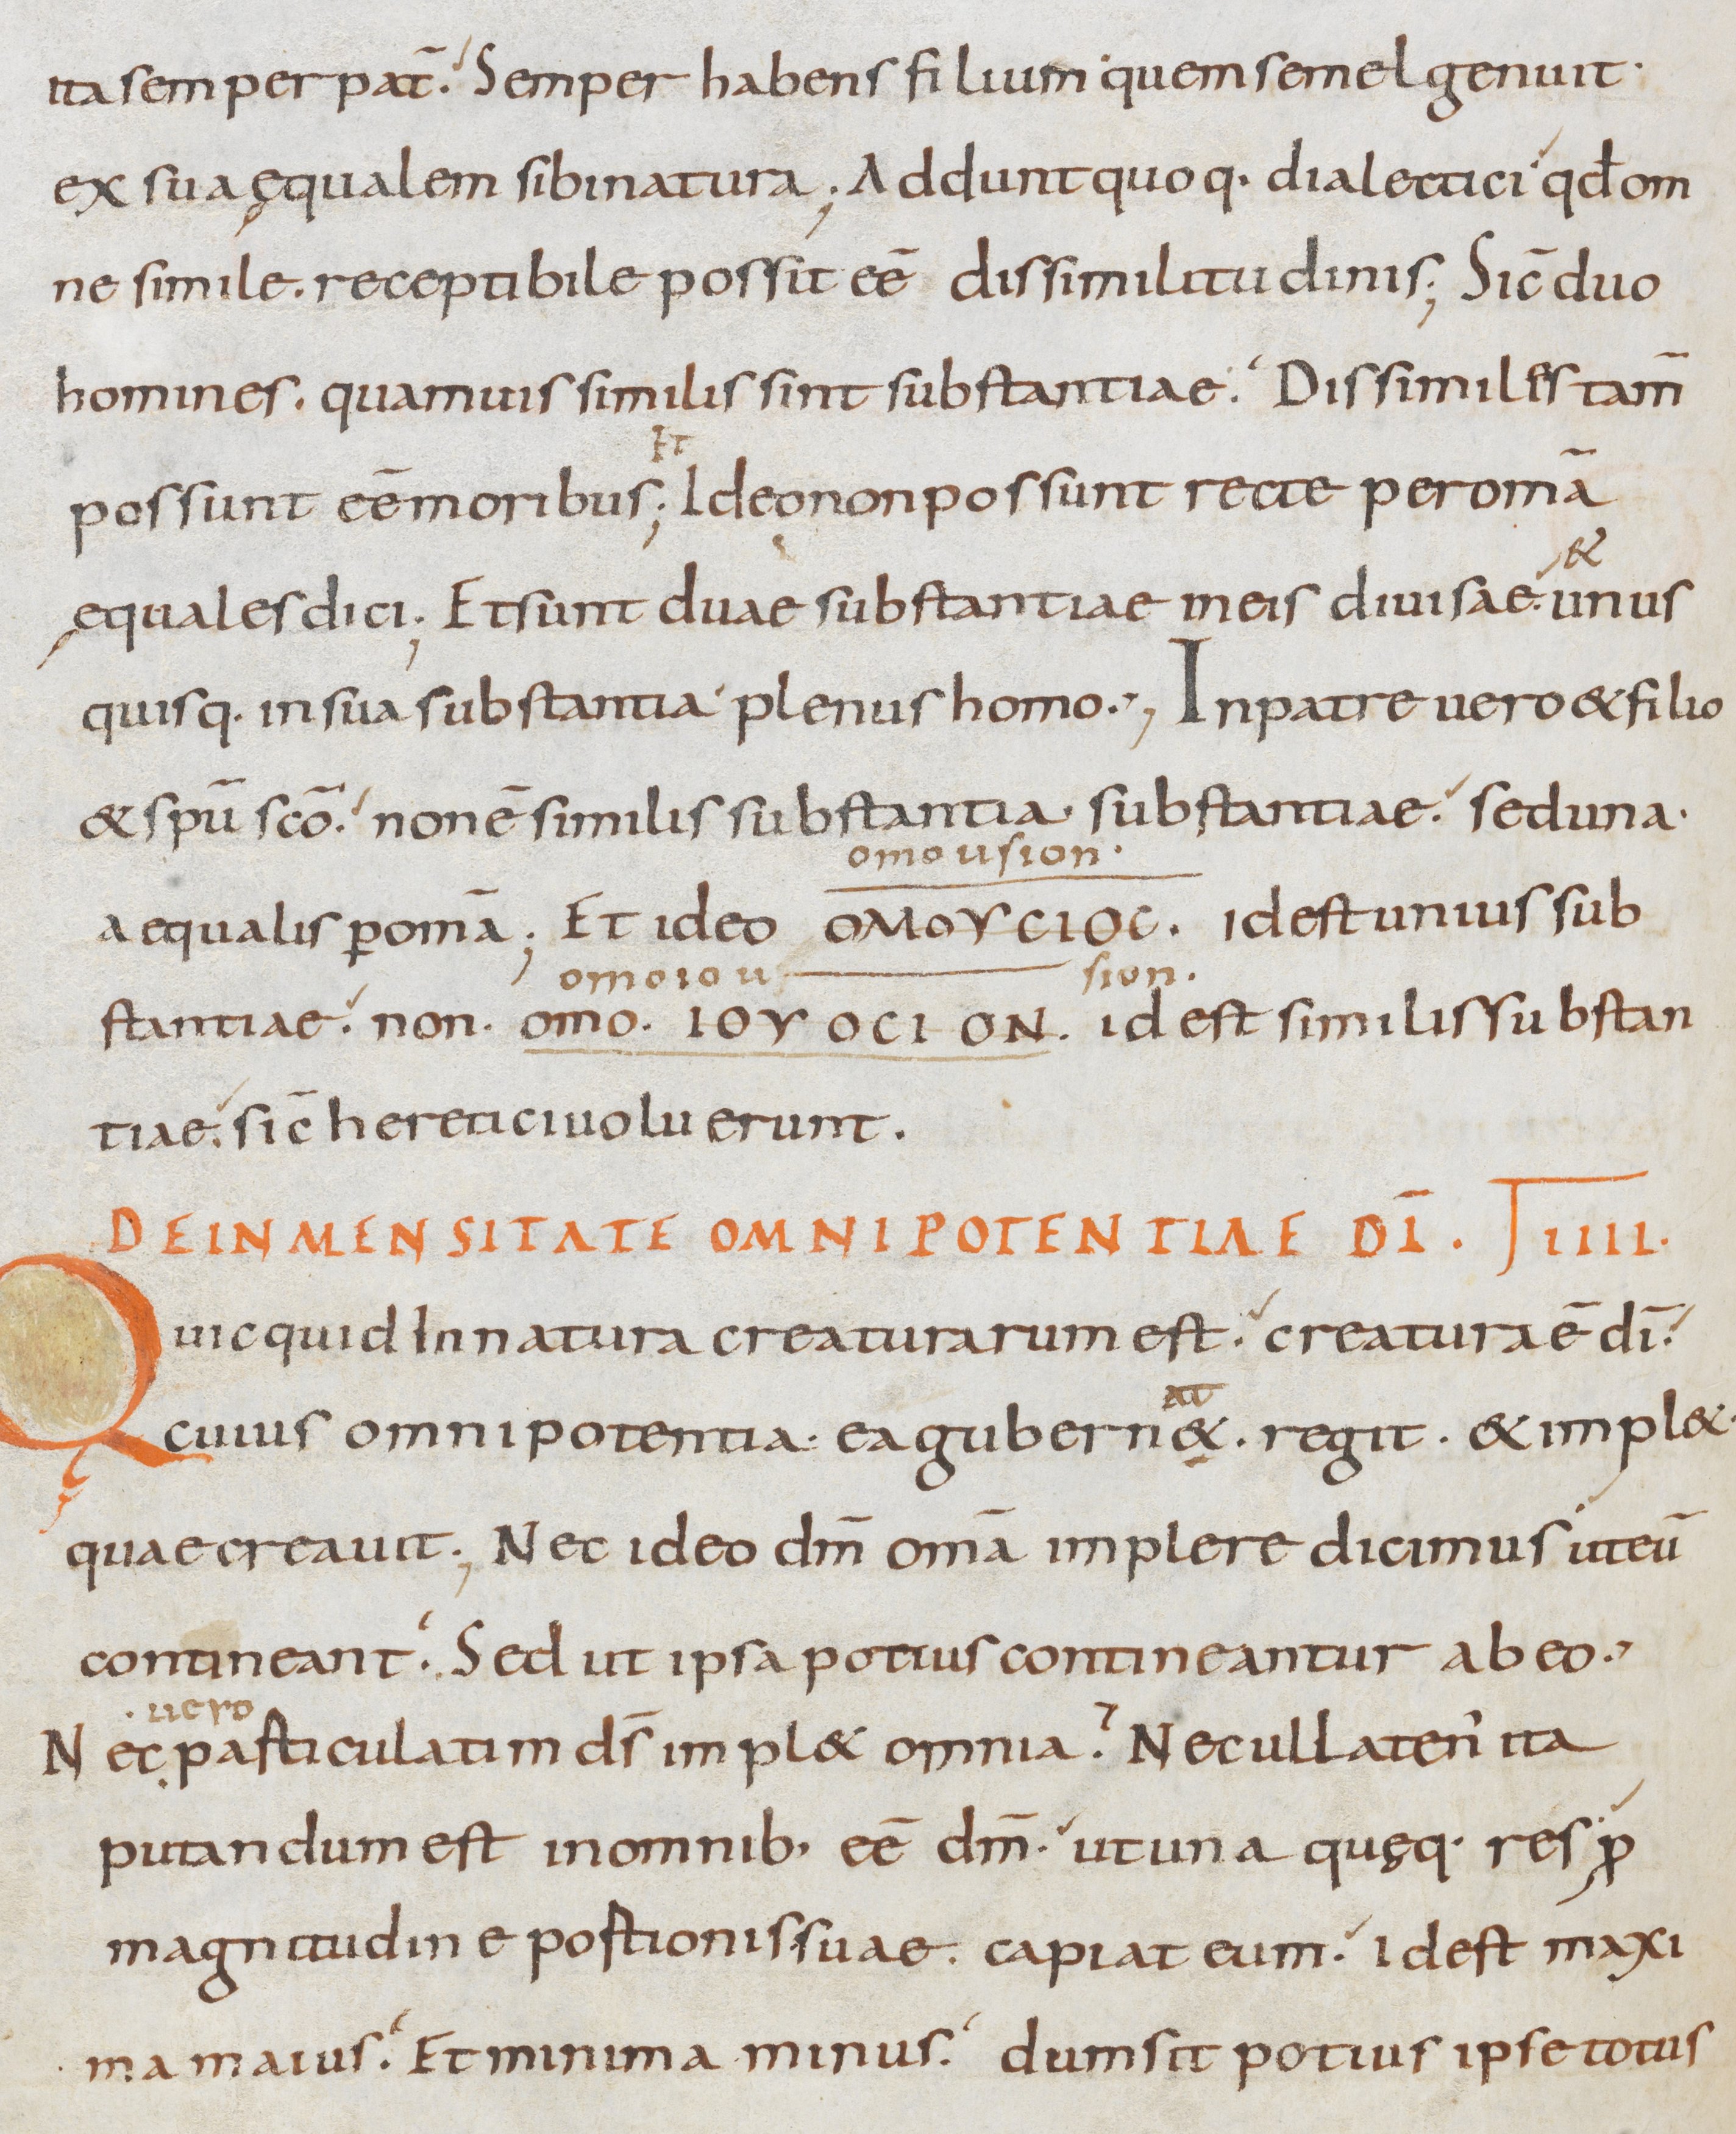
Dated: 800–899